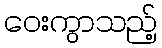
ဝေးကွာသည့်